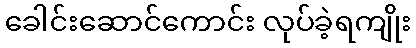
ခေါင်းဆောင်ကောင်း လုပ်ခဲ့ရကျိုး